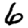
Digit: 6